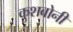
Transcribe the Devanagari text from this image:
कुशबोनी